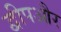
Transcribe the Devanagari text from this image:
द्वीपऔर